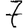
Digit: 7